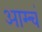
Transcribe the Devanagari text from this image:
आम्चं